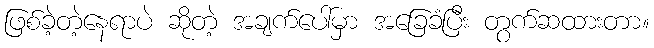
ဖြစ်ခဲ့တဲ့နေရာပဲ ဆိုတဲ့ အချက်ပေါ်မှာ အခြေခံပြီး တွက်ဆထားတာ။